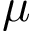
\mu